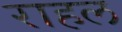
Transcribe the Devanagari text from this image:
राहल